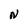
Character: N